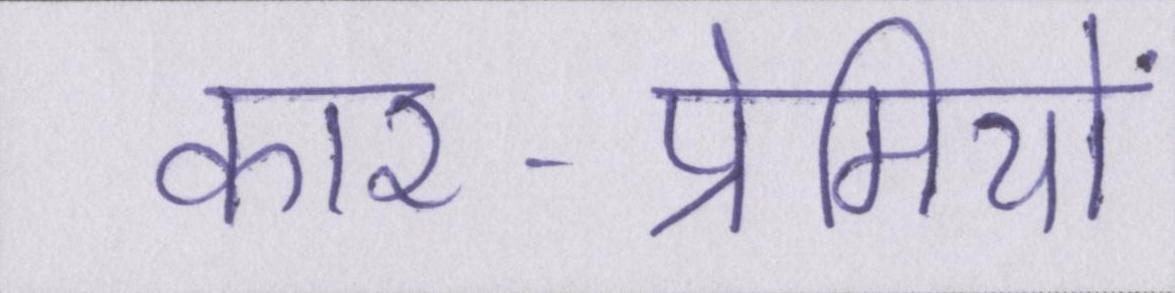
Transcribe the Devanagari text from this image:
कार-प्रेमियों